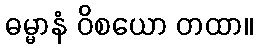
ဓမ္မာနံ ဝိစယော တထာ။